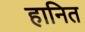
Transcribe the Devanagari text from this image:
हानित